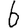
Digit: 6